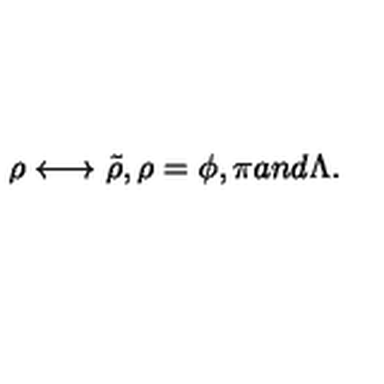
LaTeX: \rho \longleftrightarrow \tilde { \rho } , \rho = \phi , \pi a n d \Lambda .